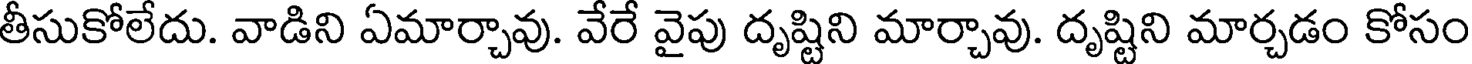
తీసుకోలేదు. వాడిని ఏమార్చావు. వేరే వైపు దృష్టిని మార్చావు. దృష్టిని మార్చడం కోసం